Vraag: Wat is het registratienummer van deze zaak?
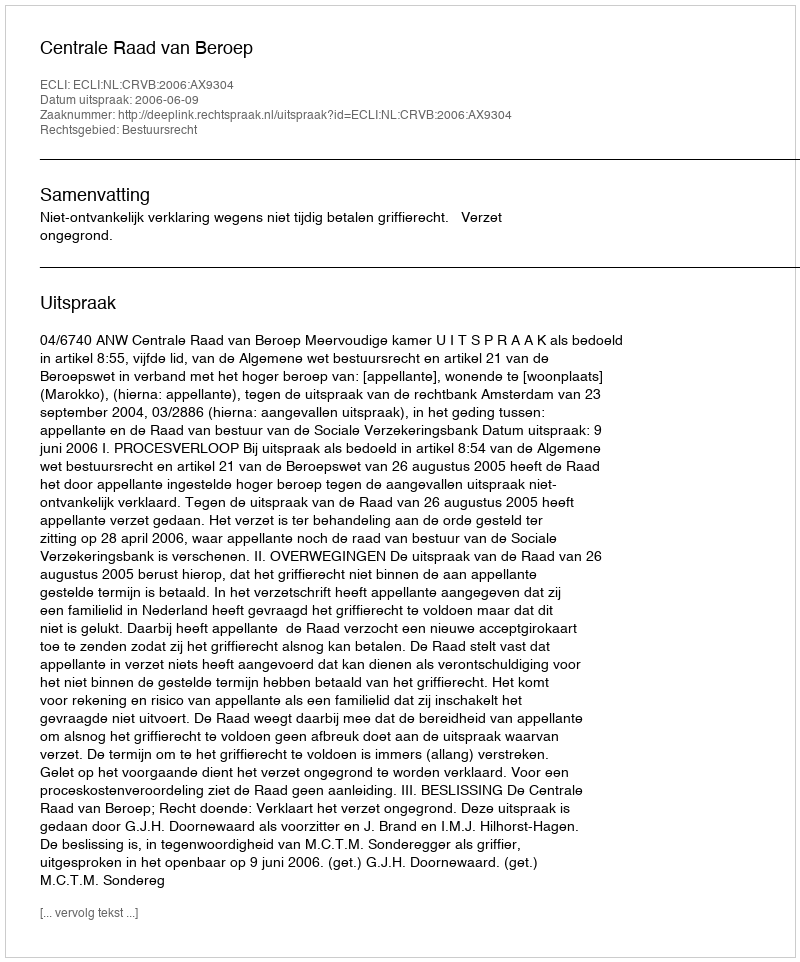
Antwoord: http://deeplink.rechtspraak.nl/uitspraak?id=ECLI:NL:CRVB:2006:AX9304